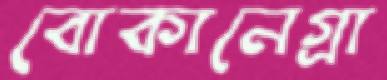
বোকানেগ্রা